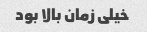
خیلی زمان بالا بود